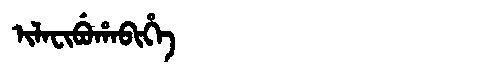
Manchu: ᡳᠯᠠᠸᡳᠪᡠᡥᠠᠪᡳᡥᡝ
Romanization: ILAFIBUHABIHE